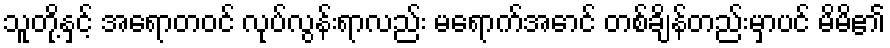
သူတို့နှင့် အရောတဝင် လုပ်လွန်းရာလည်း မရောက်အောင် တစ်ချိန်တည်းမှာပင် မိမိ၏